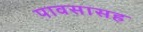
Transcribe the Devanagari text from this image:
पावसासह